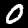
Label: 0